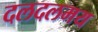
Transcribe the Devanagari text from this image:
दलदलमय